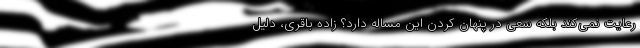
رعایت نمی‌کند بلکه سعی در پنهان کردن این مساله دارد؟ زاده باقری، دلیل